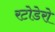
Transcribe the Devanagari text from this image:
रटोडेरो